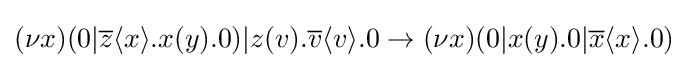
(\nu x)(0|{\overline {z}}\langle x\rangle .x(y).0)|z(v).{\overline {v}}\langle v\rangle .0\rightarrow (\nu x)(0|x(y).0|{\overline {x}}\langle x\rangle .0)